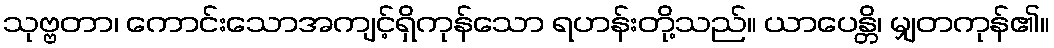
သုဗ္ဗတာ၊ ကောင်းသောအကျင့်ရှိကုန်သော ရဟန်းတို့သည်။ ယာပေန္တိ၊ မျှတကုန်၏။